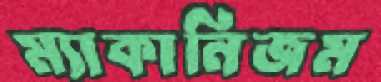
ম্যাকানিজম